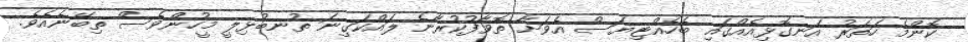
ކޮންމެ ހަތަރު އަނގޮޅިއެއްގައި ބެހެއްޓިޔަސް އެވަށާ ތޮވާފުކުރާނެ ލައްކަގިނަ ތުނބުޅިލީ މީހުންވެސް ތިބޭނެއެވެ.